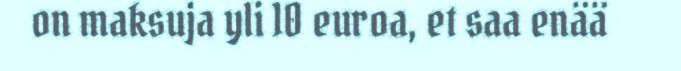
on maksuja yli 10 euroa, et saa enää